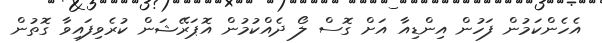
އެހެންކަމުން ފަހުން އިންޑިއާ އަށް ގޮސް ލޯ ދެއްކުމުން އޮޕަރޭޝަން ކުރެވިފައިވާ ގޮތުން